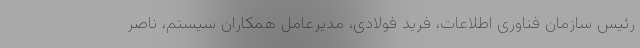
رئیس سازمان فناوری اطلاعات، فرید فولادی، مدیرعامل همکاران سیستم، ناصر